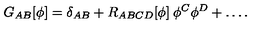
G _ { A B } [ \phi ] = \delta _ { A B } + R _ { A B C D } [ \phi ] \: \phi ^ { C } \phi ^ { D } + \ldots .